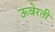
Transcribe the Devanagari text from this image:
ऊवेरती